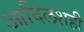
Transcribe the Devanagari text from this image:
आदिलशही